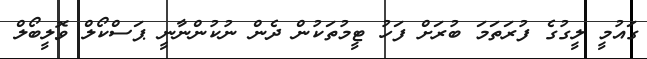
ގައުމީ ލީގުގެ ފުރަތަމަ ބުރަށް ފަހު ޓީމުތަކުން ދެން ނުކުންނާނީ ޕަސްކޯލް ވޮލީބޯލް